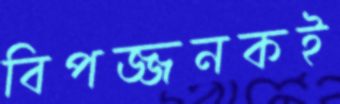
বিপজ্জনকই